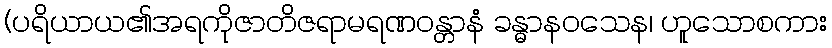
(ပရိယာယ၏အရကိုဇာတိဇရာမရဏဝန္တာနံ ခန္ဓာနဝသေန၊ ဟူသောစကား